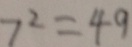
7 ^ { 2 } = 4 9